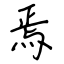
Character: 焉